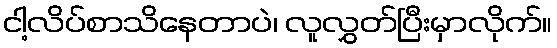
ငါ့လိပ်စာသိနေတာပဲ၊ လူလွှတ်ပြီးမှာလိုက်။